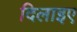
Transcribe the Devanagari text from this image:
दिलाइए